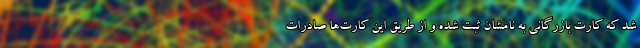
شد که کارت بازرگانی به نامشان ثبت شده و از طریق این کارت‌ها صادرات